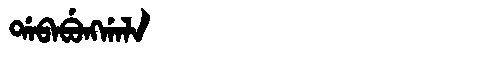
Manchu: ᡩᠠᠪᠠᠪᡠᠩᡤᠠᠯᠠ
Romanization: DABABUNGGALA